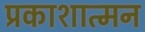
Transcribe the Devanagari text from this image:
प्रकाशात्मन